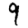
Digit: 9